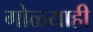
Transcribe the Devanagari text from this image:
गोळ्याही